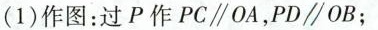
1)作图：过P作PC//OA，PD//OB；